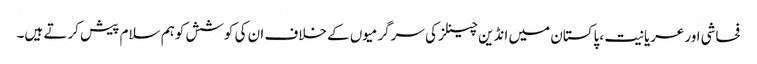
فحاشی اورعریانیت ،پاکستان میں انڈین چینلزکی سرگرمیوں کے خلاف ان کی کوشش کوہم سلام پیش کرتے ہیں۔